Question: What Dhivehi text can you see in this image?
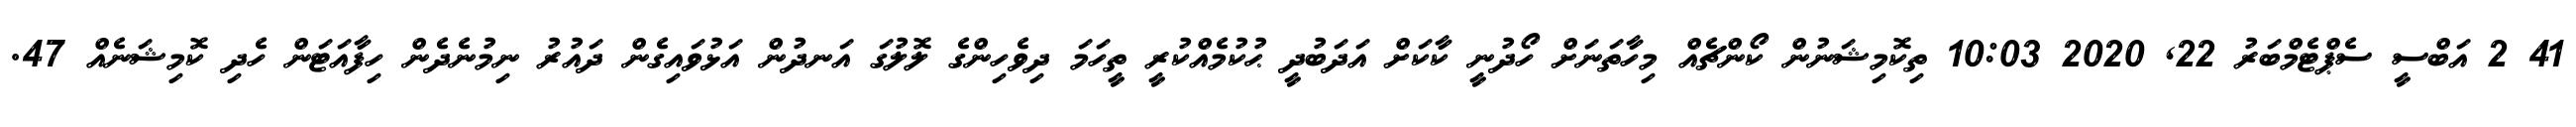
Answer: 41 2 އަބްސީ ސެޕްޓެމްބަރު 22, 2020 10:03 ތިކޮމިޝަނުން ކޯންޗެއް މިހާތަނަށް ހޯދުނީ ކާކަށް އަދަބުދީ ޙުކުމެއްކުރީ ތީހަމަ ދިވެހިންގެ ލޮލުގަ އަނދުން އަޅުވައިގެން ދައުރު ނިމުނެދެން ހިފާއަޓަން ހެދި ކޮމިޝަނެއް 47.